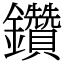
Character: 鑽